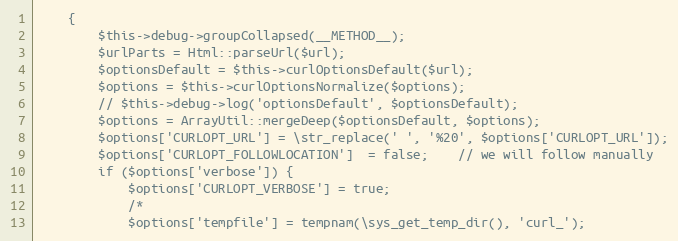
Language: PHP
    {
        $this->debug->groupCollapsed(__METHOD__);
        $urlParts = Html::parseUrl($url);
        $optionsDefault = $this->curlOptionsDefault($url);
        $options = $this->curlOptionsNormalize($options);
        // $this->debug->log('optionsDefault', $optionsDefault);
        $options = ArrayUtil::mergeDeep($optionsDefault, $options);
        $options['CURLOPT_URL'] = \str_replace(' ', '%20', $options['CURLOPT_URL']);
        $options['CURLOPT_FOLLOWLOCATION']  = false;    // we will follow manually
        if ($options['verbose']) {
            $options['CURLOPT_VERBOSE'] = true;
            /*
            $options['tempfile'] = tempnam(\sys_get_temp_dir(), 'curl_');